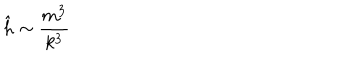
\hat { h } \sim { \frac { m ^ { 3 } } { k ^ { 3 } } }